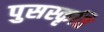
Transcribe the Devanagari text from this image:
पुसस्कृति